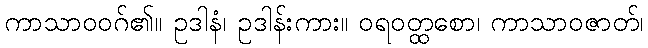
ကာသာဝဝဂ်၏။ ဥဒါနံ၊ ဥဒါန်းကား။ ဝရဝတ္ထစော၊ ကာသာဝဇာတ်၊